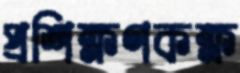
প্রশিক্ষণকক্ষ